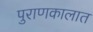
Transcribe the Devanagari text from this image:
पुराणकालात